Lunatic asylums Bombay report 1891-1903 - 1891-1903
Year: 1891
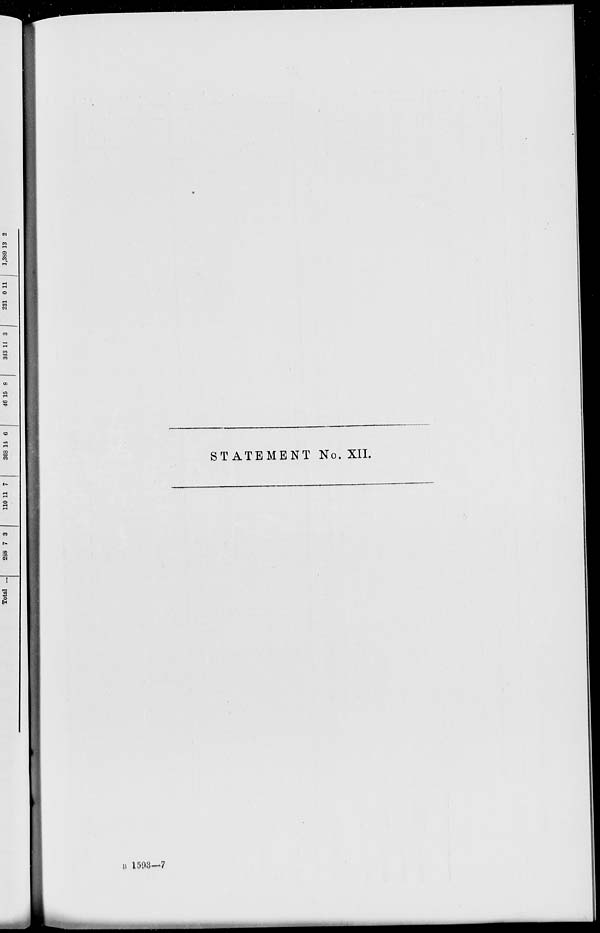
STATEMENT No. XII.
B 1593—7